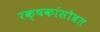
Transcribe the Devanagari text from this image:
रक्षकांसोबत